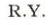
R.Y.